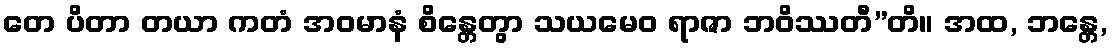
တေ ပိတာ တယာ ကတံ အဝမာနံ စိန္တေတွာ သယမေဝ ရာဇာ ဘဝိဿတီ”တိ။ အထ, ဘန္တေ,